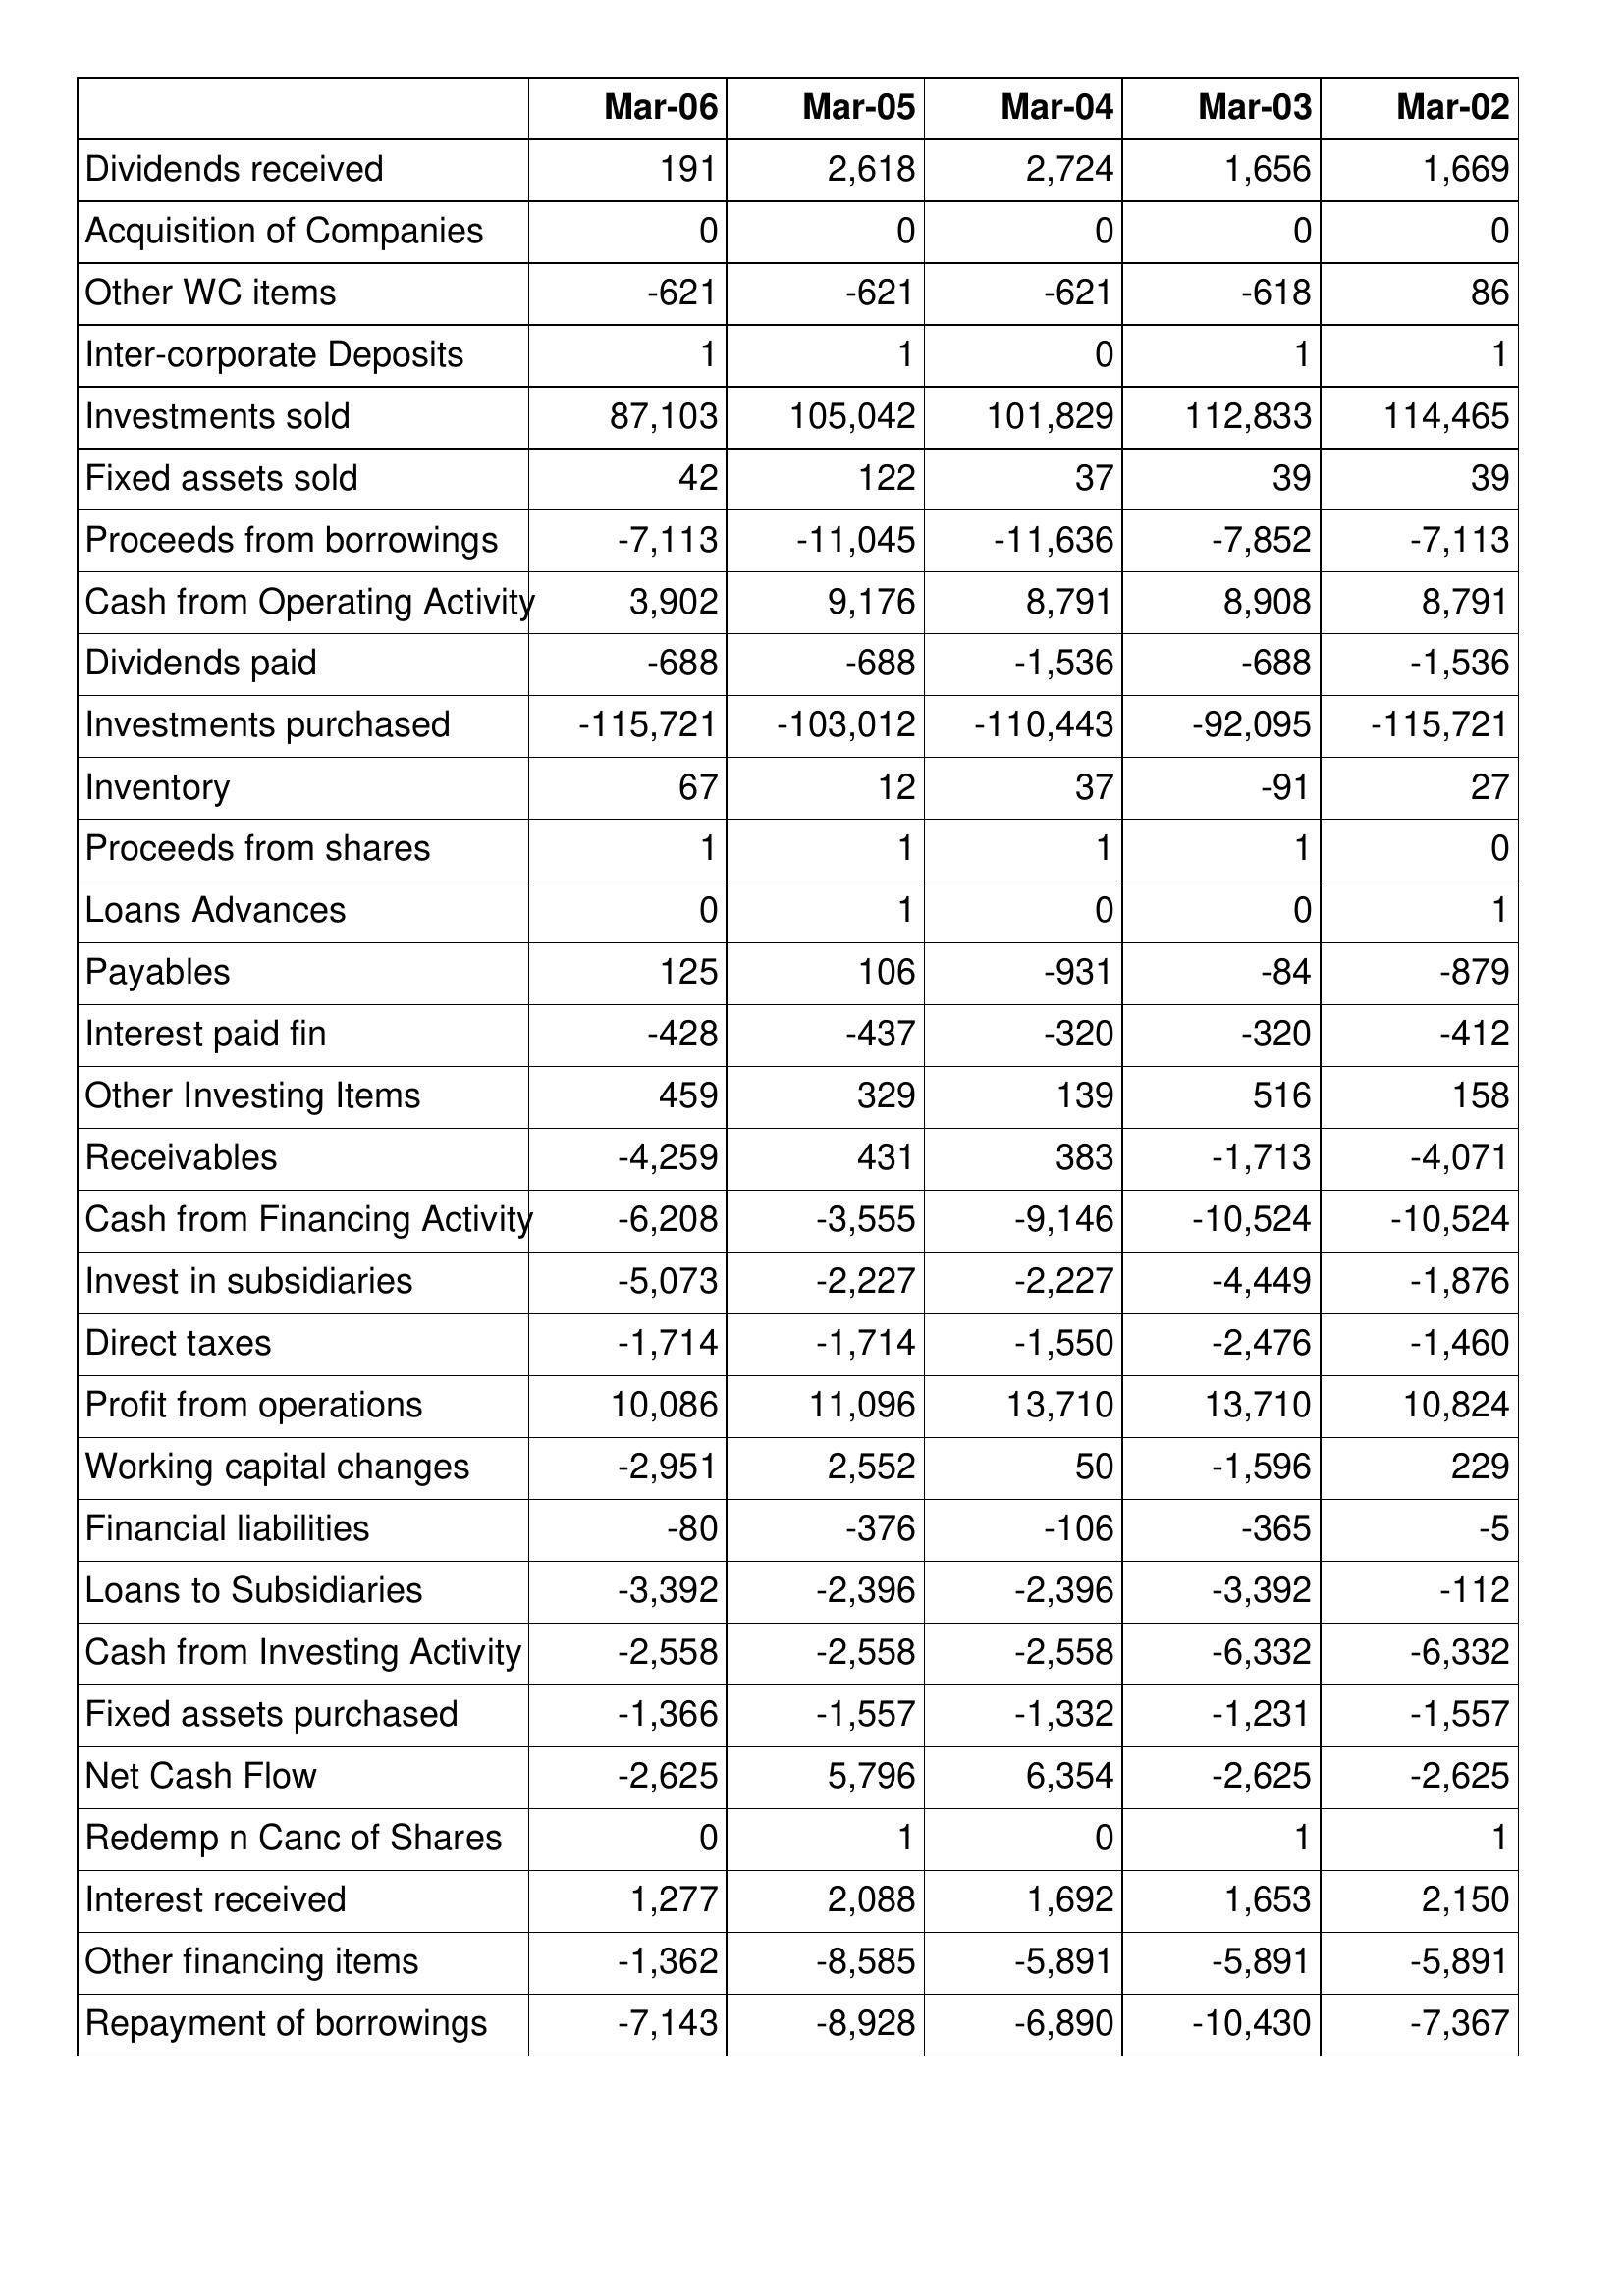
Mar-06: Cash Flows: Dividends received: 191
Acquisition of Companies: 0
Other WC items: -621
Inter-corporate Deposits: 1
Investments sold: 87,103
Fixed assets sold: 42
Proceeds from borrowings: -7,113
Cash from Operating Activity: 3,902
Dividends paid: -688
Investments purchased: -115,721
Inventory: 67
Proceeds from shares: 1
Loans Advances: 0
Payables: 125
Interest paid fin: -428
Other Investing Items: 459
Receivables: -4,259
Cash from Financing Activity: -6,208
Invest in subsidiaries: -5,073
Direct taxes: -1,714
Profit from operations: 10,086
Working capital changes: -2,951
Financial liabilities: -80
Loans to Subsidiaries: -3,392
Cash from Investing Activity: -2,558
Fixed assets purchased: -1,366
Net Cash Flow: -2,625
Redemp n Canc of Shares: 0
Interest received: 1,277
Other financing items: -1,362
Repayment of borrowings: -7,143
Mar-05: Cash Flows: Dividends received: 2,618
Acquisition of Companies: 0
Other WC items: -621
Inter-corporate Deposits: 1
Investments sold: 105,042
Fixed assets sold: 122
Proceeds from borrowings: -11,045
Cash from Operating Activity: 9,176
Dividends paid: -688
Investments purchased: -103,012
Inventory: 12
Proceeds from shares: 1
Loans Advances: 1
Payables: 106
Interest paid fin: -437
Other Investing Items: 329
Receivables: 431
Cash from Financing Activity: -3,555
Invest in subsidiaries: -2,227
Direct taxes: -1,714
Profit from operations: 11,096
Working capital changes: 2,552
Financial liabilities: -376
Loans to Subsidiaries: -2,396
Cash from Investing Activity: -2,558
Fixed assets purchased: -1,557
Net Cash Flow: 5,796
Redemp n Canc of Shares: 1
Interest received: 2,088
Other financing items: -8,585
Repayment of borrowings: -8,928
Mar-04: Cash Flows: Dividends received: 2,724
Acquisition of Companies: 0
Other WC items: -621
Inter-corporate Deposits: 0
Investments sold: 101,829
Fixed assets sold: 37
Proceeds from borrowings: -11,636
Cash from Operating Activity: 8,791
Dividends paid: -1,536
Investments purchased: -110,443
Inventory: 37
Proceeds from shares: 1
Loans Advances: 0
Payables: -931
Interest paid fin: -320
Other Investing Items: 139
Receivables: 383
Cash from Financing Activity: -9,146
Invest in subsidiaries: -2,227
Direct taxes: -1,550
Profit from operations: 13,710
Working capital changes: 50
Financial liabilities: -106
Loans to Subsidiaries: -2,396
Cash from Investing Activity: -2,558
Fixed assets purchased: -1,332
Net Cash Flow: 6,354
Redemp n Canc of Shares: 0
Interest received: 1,692
Other financing items: -5,891
Repayment of borrowings: -6,890
Mar-03: Cash Flows: Dividends received: 1,656
Acquisition of Companies: 0
Other WC items: -618
Inter-corporate Deposits: 1
Investments sold: 112,833
Fixed assets sold: 39
Proceeds from borrowings: -7,852
Cash from Operating Activity: 8,908
Dividends paid: -688
Investments purchased: -92,095
Inventory: -91
Proceeds from shares: 1
Loans Advances: 0
Payables: -84
Interest paid fin: -320
Other Investing Items: 516
Receivables: -1,713
Cash from Financing Activity: -10,524
Invest in subsidiaries: -4,449
Direct taxes: -2,476
Profit from operations: 13,710
Working capital changes: -1,596
Financial liabilities: -365
Loans to Subsidiaries: -3,392
Cash from Investing Activity: -6,332
Fixed assets purchased: -1,231
Net Cash Flow: -2,625
Redemp n Canc of Shares: 1
Interest received: 1,653
Other financing items: -5,891
Repayment of borrowings: -10,430
Mar-02: Cash Flows: Dividends received: 1,669
Acquisition of Companies: 0
Other WC items: 86
Inter-corporate Deposits: 1
Investments sold: 114,465
Fixed assets sold: 39
Proceeds from borrowings: -7,113
Cash from Operating Activity: 8,791
Dividends paid: -1,536
Investments purchased: -115,721
Inventory: 27
Proceeds from shares: 0
Loans Advances: 1
Payables: -879
Interest paid fin: -412
Other Investing Items: 158
Receivables: -4,071
Cash from Financing Activity: -10,524
Invest in subsidiaries: -1,876
Direct taxes: -1,460
Profit from operations: 10,824
Working capital changes: 229
Financial liabilities: -5
Loans to Subsidiaries: -112
Cash from Investing Activity: -6,332
Fixed assets purchased: -1,557
Net Cash Flow: -2,625
Redemp n Canc of Shares: 1
Interest received: 2,150
Other financing items: -5,891
Repayment of borrowings: -7,367